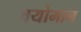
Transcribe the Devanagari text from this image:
वयोमान